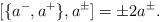
LaTeX: \begin{align*}[\{a^-,a^+\},a^\pm]=\pm 2 a^\pm.\end{align*}